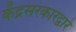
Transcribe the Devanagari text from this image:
केंद्रसरकारद्वारे